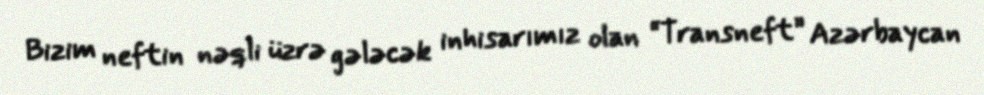
Bizim neftin nəqli üzrə gələcək inhisarımız olan “Transneft” Azərbaycan